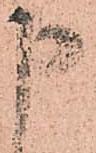
申